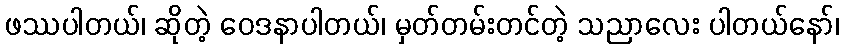
ဖဿပါတယ်၊ ဆိုတဲ့ ဝေဒနာပါတယ်၊ မှတ်တမ်းတင်တဲ့ သညာလေး ပါတယ်နော်၊